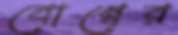
বোম্বের